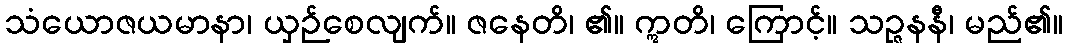
သံယောဇယမာနာ၊ ယှဉ်စေလျက်။ ဇနေတိ၊ ၏။ ဣတိ၊ ကြောင့်။ သဉ္ဇနနီ၊ မည်၏။